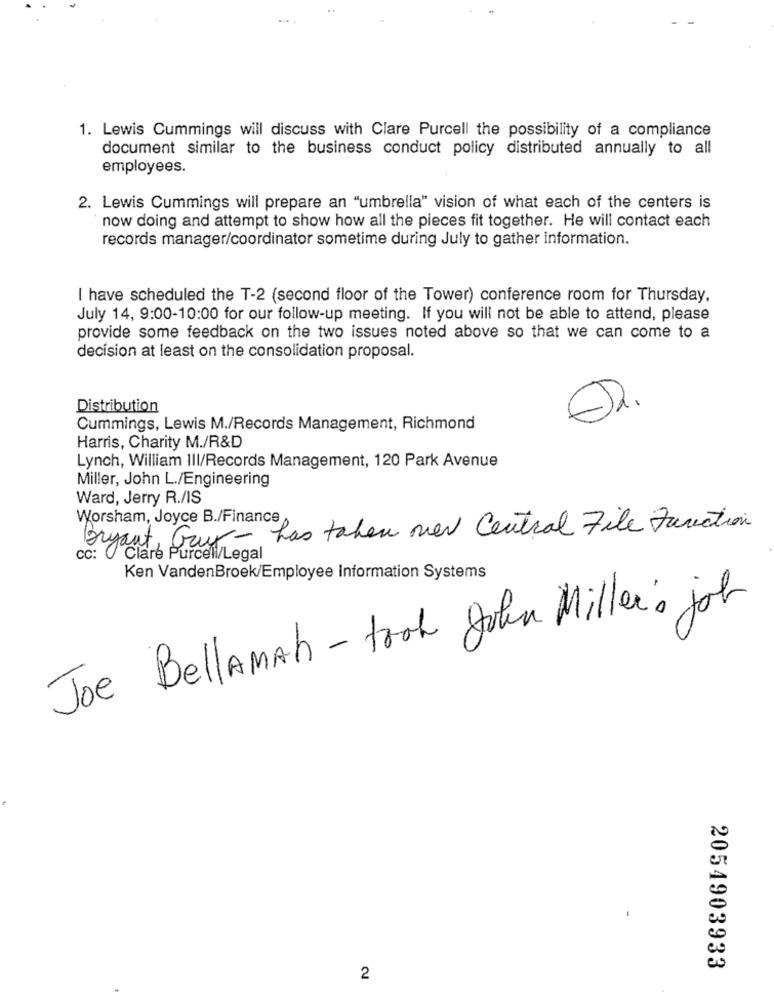
1. Lewis Cummings will discuss with Clare Purcell the possibility of a compliance
document similar to the business conduct policy distributed annually to all
employees.
2. Lewis Cummings will prepare an "umbrella" vision of what each of the centers is
now doing and attempt to show how all the pieces fit together. He will contact each
records manager/coordinator sometime during July to gather information.
I have scheduled the T-2 (second floor of the Tower) conference room for Thursday,
July 14, 9:00-10:00 for our follow-up meeting. If you will not be able to attend, please
provide some feedback on the two issues noted above so that we can come to a
decision at least on the consolidation proposal.
Distribution
Cummings, Lewis M./Records Management, Richmond
Harris, Charity M./R&D
Lynch, William III/Records Management, 120 Park Avenue
Miller, John L./Engineering
Ward, Jerry R./IS
Worsham, Joyce B./Finance
has taken over Central File Function
Bryant, Gay-
cc: Clare Purcell/Legal
Ken VandenBroek/Employee Information Systems
Joe BellAMAh - trok John Miller's job
2054903933
2